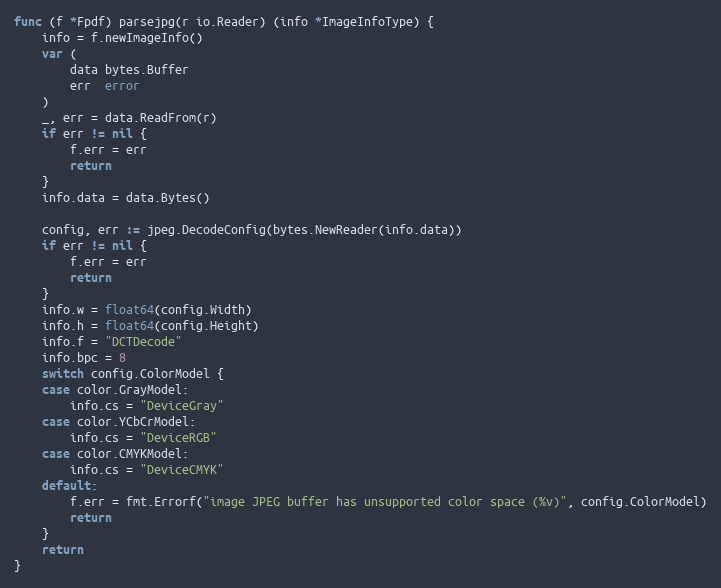
Language: Go
func (f *Fpdf) parsejpg(r io.Reader) (info *ImageInfoType) {
	info = f.newImageInfo()
	var (
		data bytes.Buffer
		err  error
	)
	_, err = data.ReadFrom(r)
	if err != nil {
		f.err = err
		return
	}
	info.data = data.Bytes()

	config, err := jpeg.DecodeConfig(bytes.NewReader(info.data))
	if err != nil {
		f.err = err
		return
	}
	info.w = float64(config.Width)
	info.h = float64(config.Height)
	info.f = "DCTDecode"
	info.bpc = 8
	switch config.ColorModel {
	case color.GrayModel:
		info.cs = "DeviceGray"
	case color.YCbCrModel:
		info.cs = "DeviceRGB"
	case color.CMYKModel:
		info.cs = "DeviceCMYK"
	default:
		f.err = fmt.Errorf("image JPEG buffer has unsupported color space (%v)", config.ColorModel)
		return
	}
	return
}